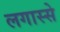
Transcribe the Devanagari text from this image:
लगास्से